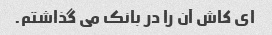
ای کاش آن را در بانک می گذاشتم.